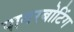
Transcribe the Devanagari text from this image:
पावरबोटिंग